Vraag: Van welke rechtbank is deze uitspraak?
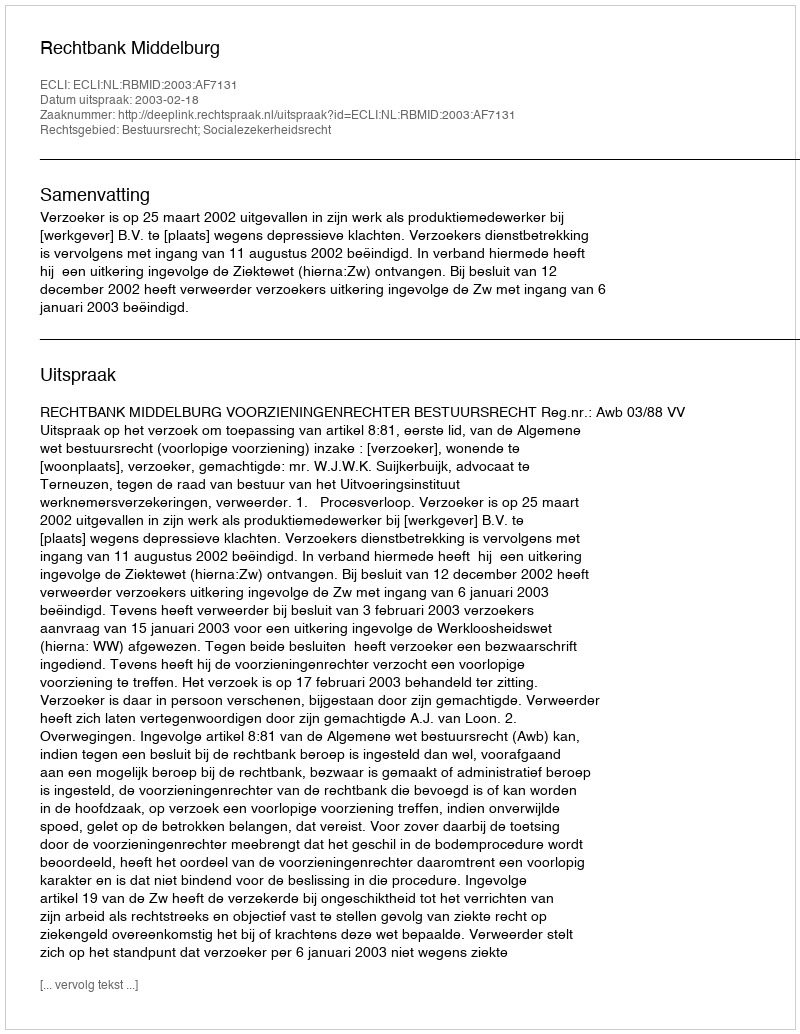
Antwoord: Rechtbank Middelburg